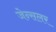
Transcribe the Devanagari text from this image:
जेन्सलर